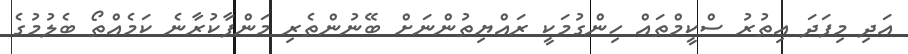
އަދި މިފަދަ އިތުރު ސްކީމްތައް ހިންގުމަކީ ރައްޔިތުންނަށް ބޭނުންތެރި މަންފާކުރާނެ ކަމެއްތޯ ބެލުމުގެ